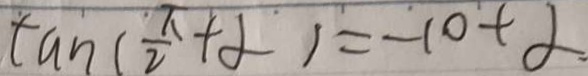
\tan ( \frac { \pi } { 2 } + \alpha ) = - \cot \alpha